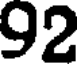
92